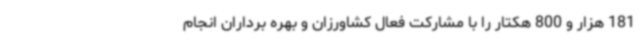
181 هزار و 800 هکتار را با مشارکت فعال کشاورزان و بهره برداران انجام